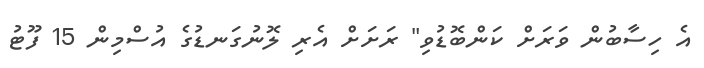
އެ ހިސާބުން ވަރަށް ކަންބޮޑުވި" ރަށަށް އެރި ލޮނުގަނޑުގެ އުސްމިން 15 ފޫޓު